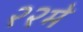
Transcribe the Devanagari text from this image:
२२मे